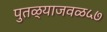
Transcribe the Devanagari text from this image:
पुतळ्याजवळ५७